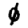
Digit: 0